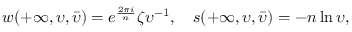
w ( + \infty , \upsilon , \bar { \upsilon } ) = e ^ { \frac { 2 \pi i } { n } } \zeta { \upsilon } ^ { - 1 } , ~ ~ ~ s ( + \infty , \upsilon , \bar { \upsilon } ) = - n \ln { \upsilon } ,